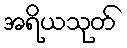
အရိယသုတ်